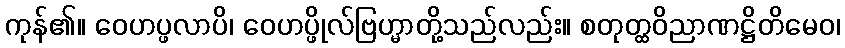
ကုန်၏။ ဝေဟပ္ဖလာပိ၊ ဝေဟပ္ဖိုလ်ဗြဟ္မာတို့သည်လည်း။ စတုတ္ထဝိညာဏဋ္ဌိတိမေဝ၊